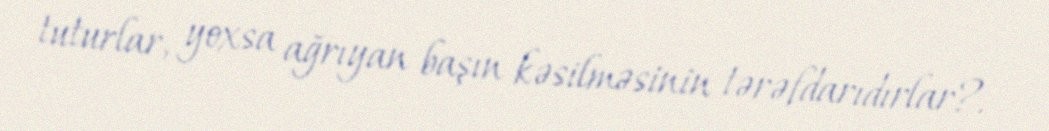
tuturlar, yoxsa ağrıyan başın kəsilməsinin tərəfdarıdırlar?.